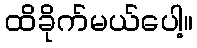
ထိခိုက်မယ်ပေါ့။